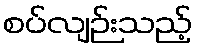
စပ်လျဉ်းသည့်